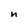
Character: n